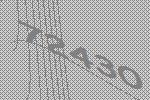
72430